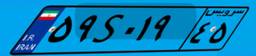
۳۸S۸۶۸۷۲